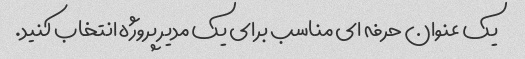
یک عنوان حرفه ای مناسب برای یک مدیر پروژه انتخاب کنید.